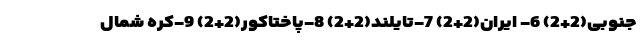
جنوبی(2+2) 6- ایران(2+2) 7-تایلند(2+2) 8-پاختاکور(2+2) 9-کره شمال